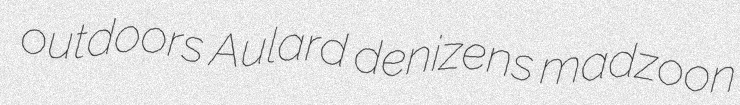
outdoors Aulard denizens madzoon